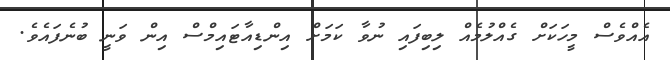
އެއްވެސް މީހަކަށް ގެއްލުމެއް ލިބިފައި ނުވާ ކަމަށް އިންޑިއާޓައިމްސް އިން ވަނީ ބުނެފައެވެ.